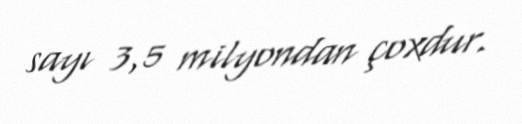
sayı 3,5 milyondan çoxdur.